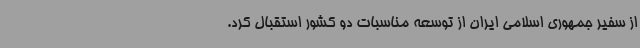
از سفیر جمهوری اسلامی ایران از توسعه مناسبات دو کشور استقبال کرد.